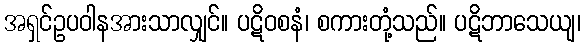
အရှင်ဥပဝါနအားသာလျှင်။ ပဋိဝစနံ၊ စကားတုံ့သည်။ ပဋိဘာသေယျ၊